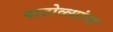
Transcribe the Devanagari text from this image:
पाटोळ्यांना